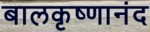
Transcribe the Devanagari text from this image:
बालकृष्णानंद